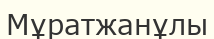
Мұратжанұлы